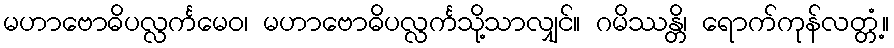
မဟာဗောဓိပလ္လင်္ကမေဝ၊ မဟာဗောဓိပလ္လင်္ကသို့သာလျှင်။ ဂမိဿန္တိ၊ ရောက်ကုန်လတ္တံ့။